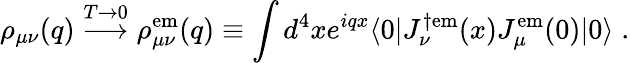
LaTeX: \rho_{\mu\nu}(q)\stackrel{T\rightarrow 0}{\longrightarrow}\rho_{\mu\nu}^{\mathrm{em}}(q)\equiv\int d^{4}xe^{iqx}\langle 0|J_{\nu}^{\dagger\mathrm{em}}(x)J_{\mu}^{\mathrm{em}}(0)|0\rangle\; .